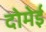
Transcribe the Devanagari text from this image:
दोमेई